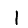
Digit: 1